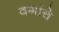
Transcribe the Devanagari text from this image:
वगांचे